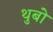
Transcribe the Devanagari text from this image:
थुबो